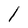
Character: l